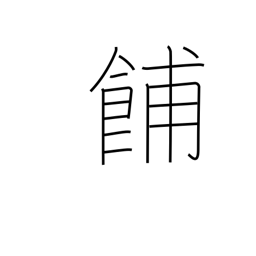
Meaning: late afternoon meal